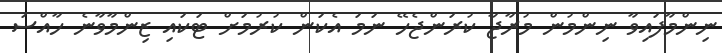
ނިންމާފައިވާ ނިންމުން މުރާޖާ ކުރަންޖެހޭ ނަމަ އެކަން ކުރުމަށް ޓަކައި ޒިންމާވާނެ ހާއްސަ